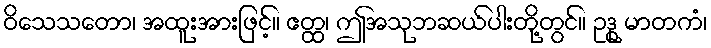
ဝိသေသတော၊ အထူးအားဖြင့်။ ဧတ္ထ၊ ဤအသုဘဆယ်ပါးတို့တွင်။ ဥဒ္ဓု မာတကံ၊